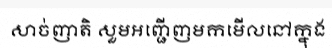
សាច់ញាតិ សួមអញ្ជើញមកមើលនៅក្នុង